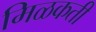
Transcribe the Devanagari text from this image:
मिळकती